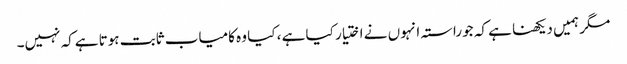
مگر ہمیں دیکھنا ہے کہ جو راستہ انہوں نے اختیار کیا ہے ، کیا وہ کامیاب ثابت ہوتا ہےکہ نہیں۔